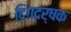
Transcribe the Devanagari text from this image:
दिग्दर्षक